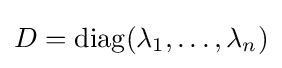
D=\operatorname {diag} (\lambda _{1},\dots ,\lambda _{n})